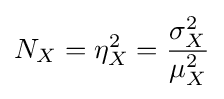
N_{X}=\eta _{X}^{2}={\frac {\sigma _{X}^{2}}{\mu _{X}^{2}}}